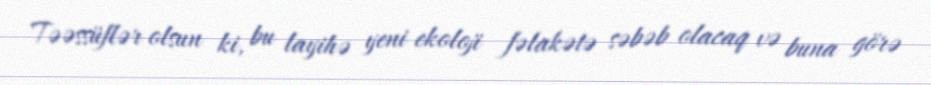
Təəssüflər olsun ki, bu layihə yeni ekoloji fəlakətə səbəb olacaq və buna görə